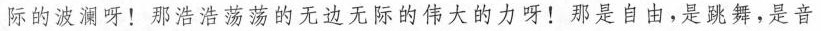
际的波澜呀！那浩浩荡荡的无边无际的伟大的力呀！那是自由，是跳舞，是音